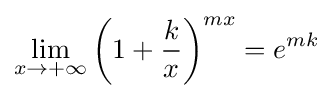
\lim _{x\to +\infty }\left(1+{\frac {k}{x}}\right)^{mx}=e^{mk}